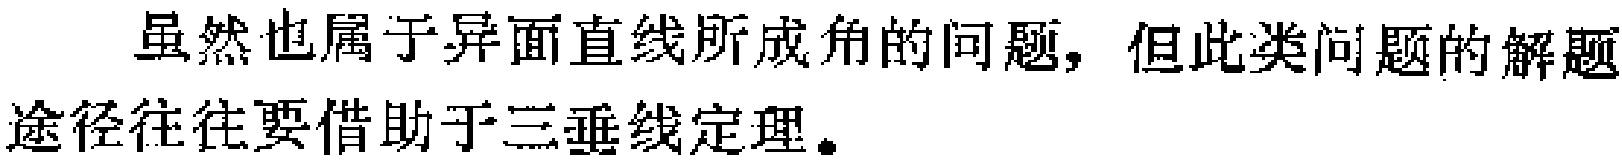
虽然也属于异面直线所成角的问题，但此类问题的解题途径往往要借助于三垂线定理。